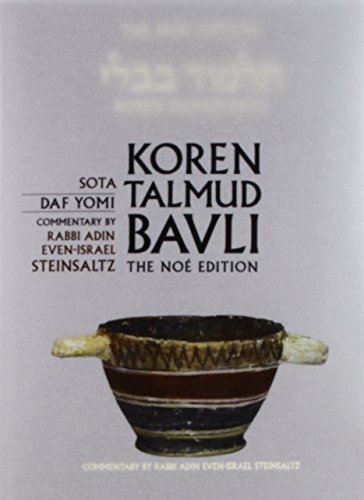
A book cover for Koren Talmud Bavli,: Vol. 20: Sota, English, Daf Yomi (Hebrew Edition); Adin Steinsaltz; Religion & Spirituality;